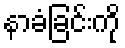
နာခံခြင်းကို